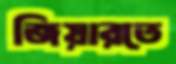
জিয়ারতে